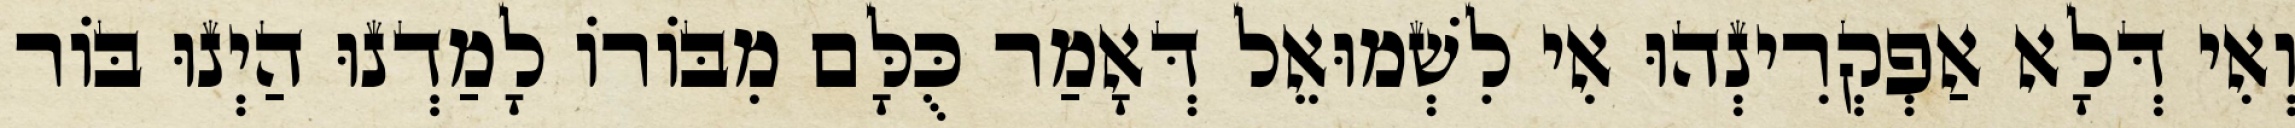
וְאִי דְּלָא אַפְקְרִינְהוּ אִי לִשְׁמוּאֵל דְּאָמַר כֻּלָּם מִבּוֹרוֹ לָמַדְנוּ הַיְנוּ בּוֹר